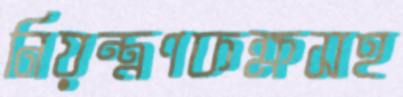
নিয়ন্ত্রণকক্ষসহ